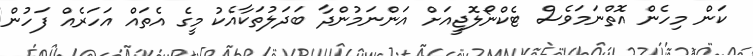
ކަން މިހެން އޮތްނަމަވެސް ޓެކްނޯލޮޖީއަށް އަންނަމުންދާ ބަދަލުތަކާއެކު މީގެ އެތައް އަހަރެއް ފަހުން